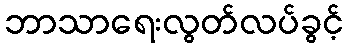
ဘာသာရေးလွတ်လပ်ခွင့်